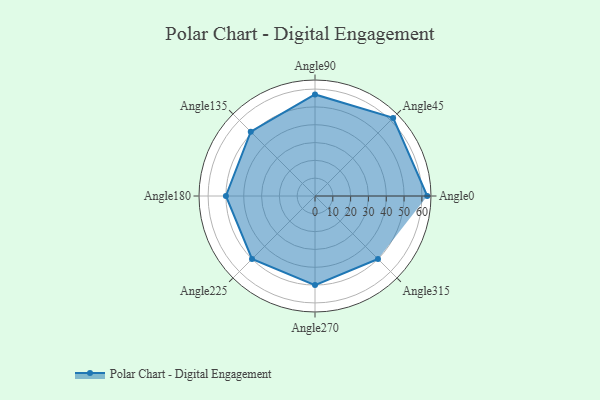
{"axis": {"x": "Angle", "y": "Radius"}, "legend": [""], "data": [{"x": "Angle0", "y": 63.0, "type": ""}, {"x": "Angle45", "y": 62.0, "type": ""}, {"x": "Angle90", "y": 57.0, "type": ""}, {"x": "Angle135", "y": 51.0, "type": ""}, {"x": "Angle180", "y": 50, "type": ""}, {"x": "Angle225", "y": 50, "type": ""}, {"x": "Angle270", "y": 50, "type": ""}, {"x": "Angle315", "y": 50, "type": ""}]}